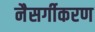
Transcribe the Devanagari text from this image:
नैसर्गीकरण